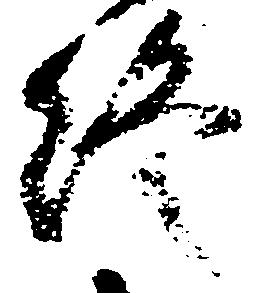
終